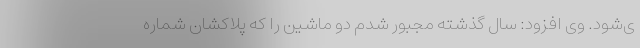
ی‌شود. وی افزود: سال گذشته مجبور شدم دو ماشین را که پلاکشان شماره